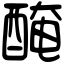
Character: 醃